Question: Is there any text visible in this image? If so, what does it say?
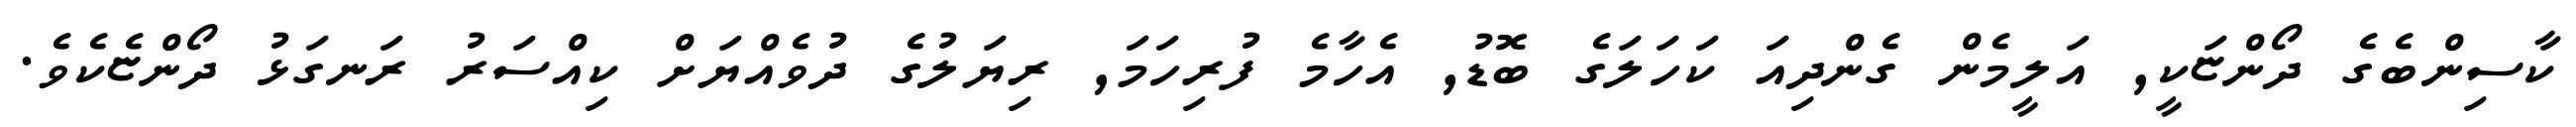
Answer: ކާސިންބެގެ ދޯންޏަކީ, އަލީމެން ގެންދިއަ ކަހަލަގެ ބޮޑު, އެހާމެ ފުރިހަމަ, ރިޔަލުގެ ދުވެއްޔަށް ކިއްސަރު ރަނގަޅު ދޯންޏެކެވެ.